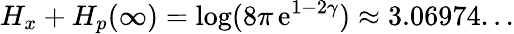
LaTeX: H_{x}+H_{p}(\infty)=\log(8\pi\, \mathrm{e}^{1-2\gamma})\approx3.06974...